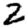
Digit: 2